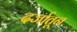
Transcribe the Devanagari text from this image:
दर्जातून